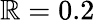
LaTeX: \mathbb{R}=0.2